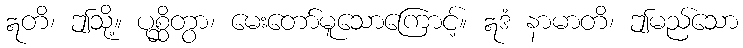
ဣတိ၊ ဤသို့။ ပုစ္ဆိတွာ၊ မေးတော်မူသောကြောင့်။ ဣဒံ နာမာတိ၊ ဤမည်သော